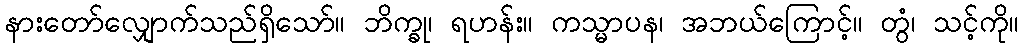
နားတော်လျှောက်သည်ရှိသော်။ ဘိက္ခု၊ ရဟန်း။ ကသ္မာပန၊ အဘယ်ကြောင့်။ တွံ၊ သင့်ကို။